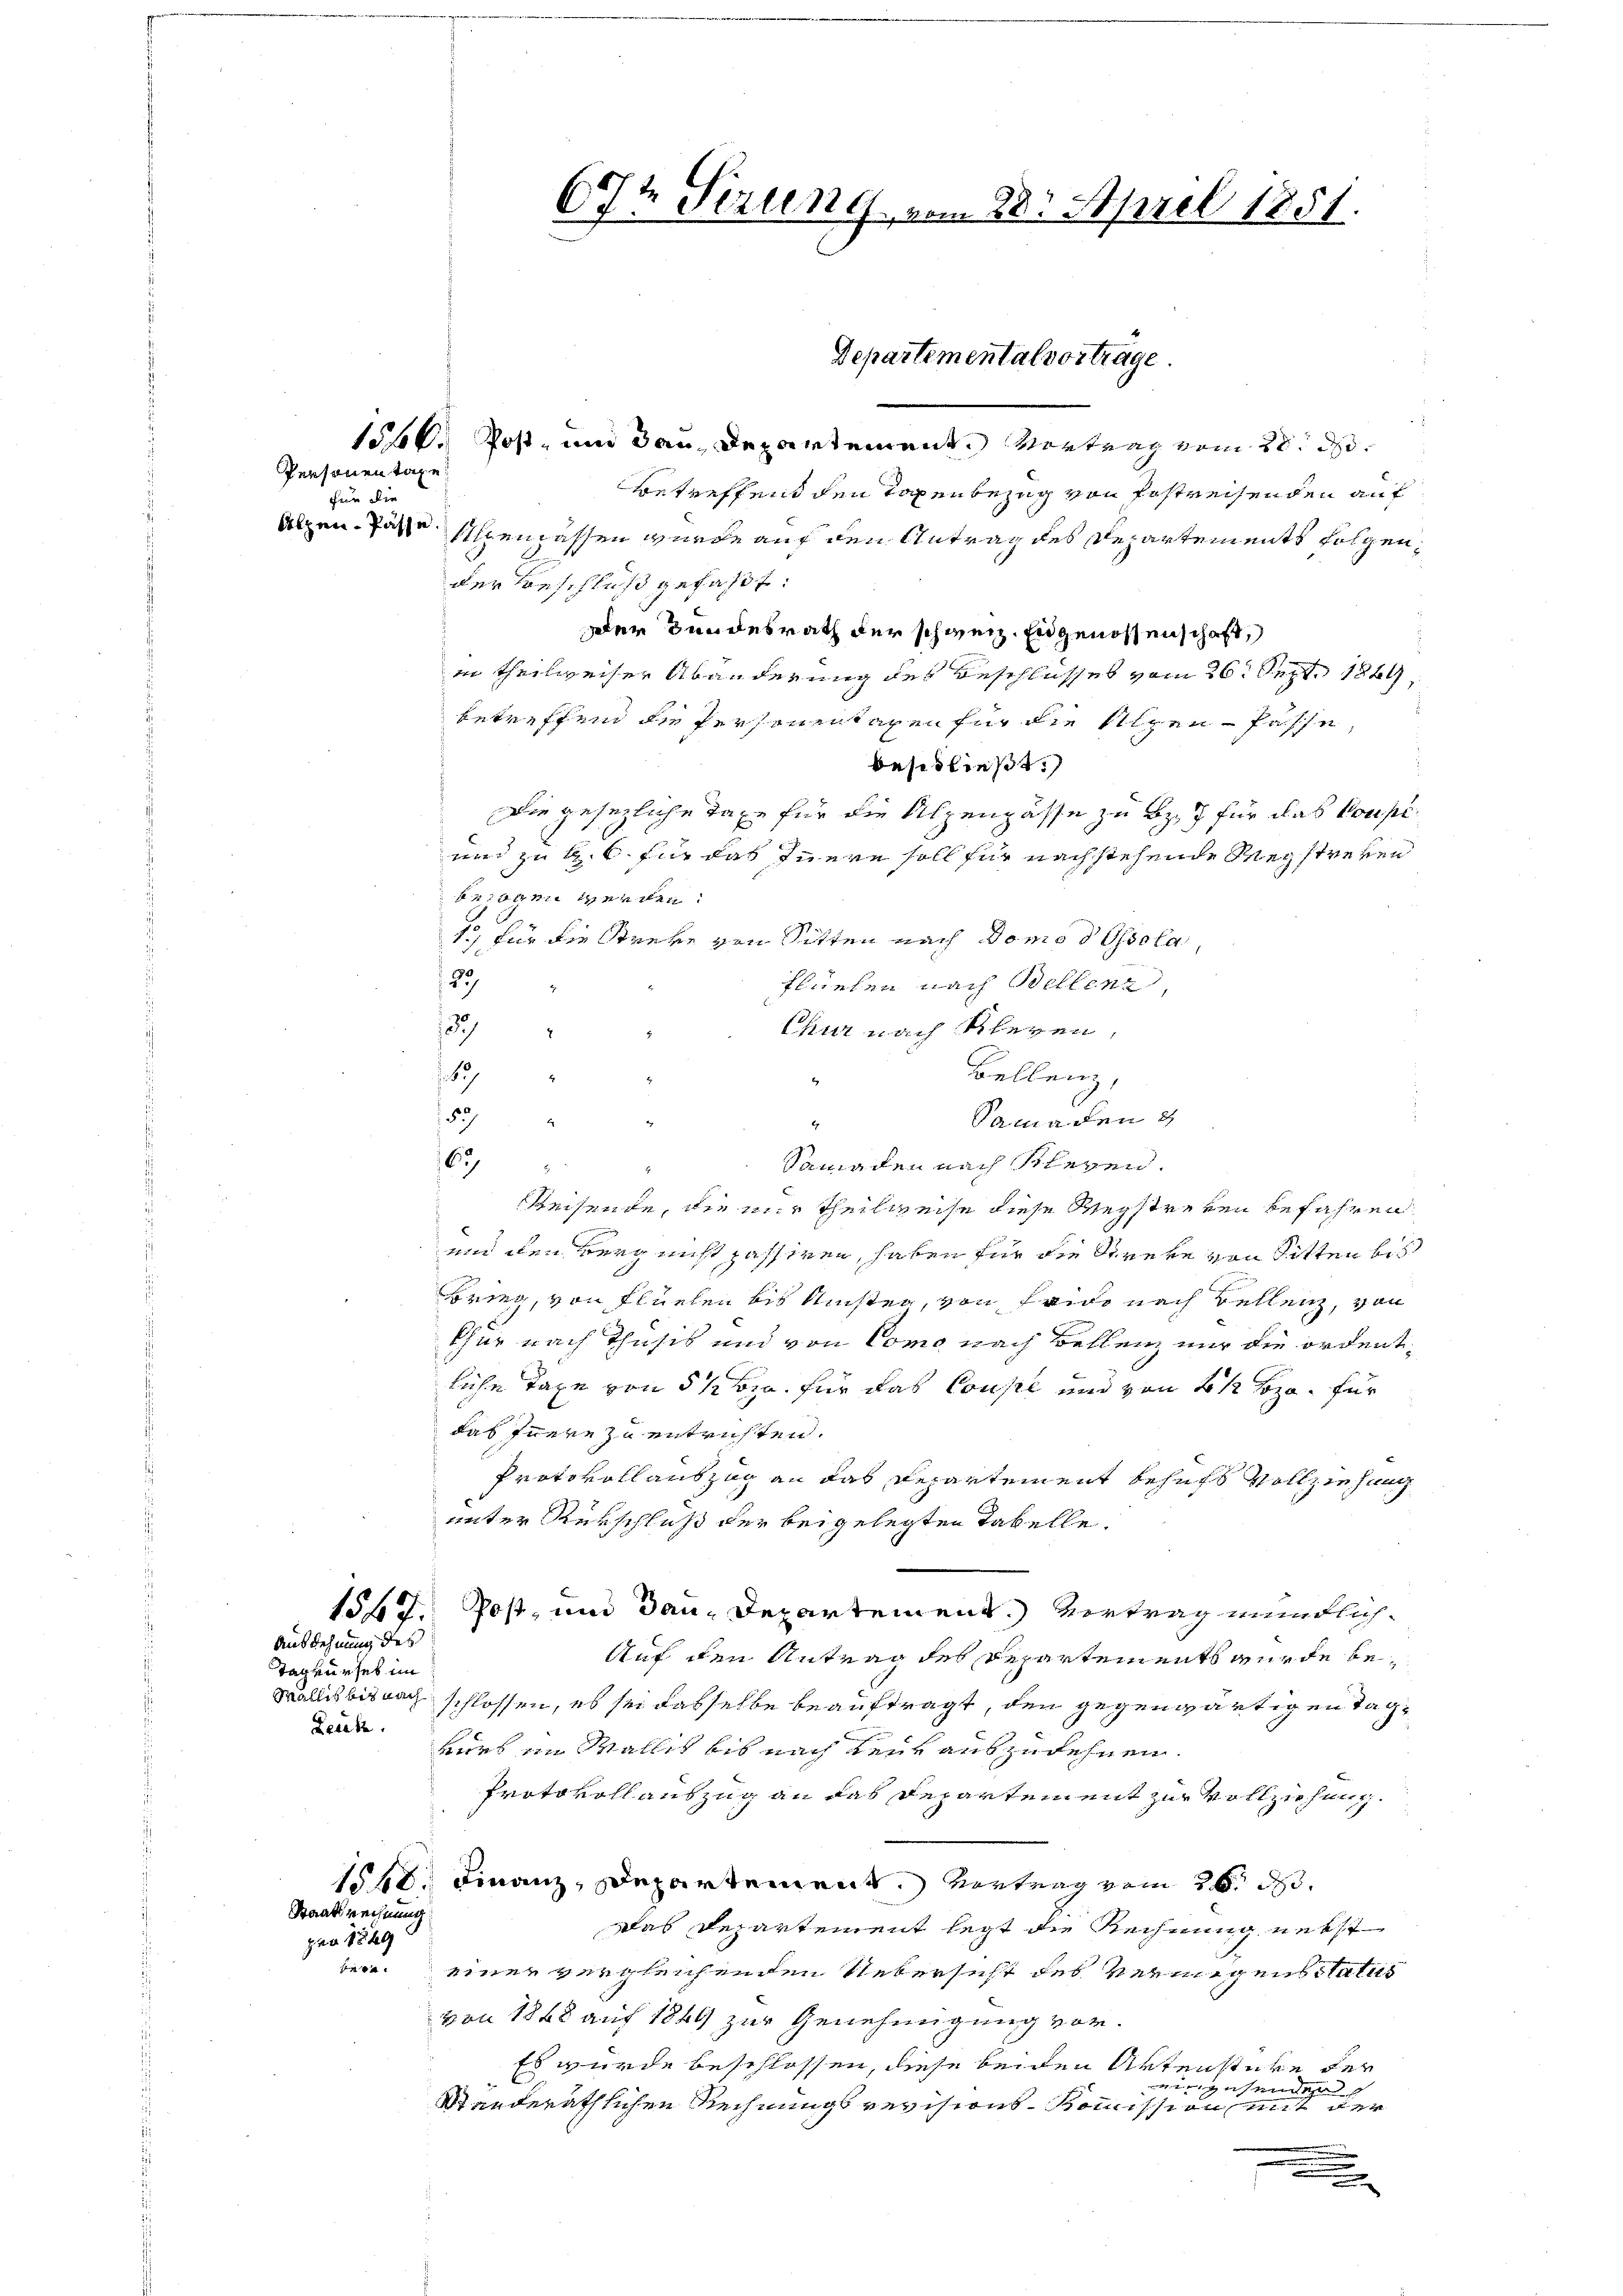
Personen tage
für die
Atzen- Pässe.

Ausdehnung des
Tagkurses im
Leute.

Staatsrechnung
per 1849
tare.

1566. Post- und dan Departement. Vortrag vom 20. d.
Betreffend den Taxenbezug von Postreisenden auf
Alpenlassen wurde auf den Antrag des Departements folgender Beschluß gefaßt:
Der Bundesrath der schweiz. Engenossenschaft,
in theilweiser Abänderung des Beschlusses vom 26. Sept. 1864,
betreffend de Personentagen für die Regen Pässe,
beschließt:
Die gesezliche Taxe für die Alpenpässe zu Bz. 7 für das Compe¬
und zu k. k. für das Innern soll für nachstehende Wegstreben
kronen werden.
1, für die Streke von Sitten nach Domo d Ossola
22
Flüelen nach Bellenz,
133
Chur nach Kleren,
7
S
.
Bellenz,
1
153
Sama den 2
.
.
Samaden nach Klegen.
67
Reisende, die nur theilweise diese Wegstreten befahren
und den Berg nicht passiren, haben für die Streke von Sitten bis
Brieg, von Flüelen bis Ansteg, von Frido nach Bellenz, von
thur nach Thusis und von Como nach Bellenz nur die ordentliche Taxe von 5 ½ sza. für das Cousel und von 2½ Bza. für
das Innern zu entrichten.
Protokollauszug an das Departement behufs Vollziehung
unter Rükschluß der beigelegten Tabelle.
1567. Post, und dan Departement.) Vertrag mündlich¬
Auf den Antrag des Departements wurde begrausbitnach schlossen, es sei dasselbe beauftragt, den gegenwärtigen Tagkurb im Wallis bis nach Leut auszudehnen.
Protokoll auszug an das Departement zur Vollziehung
1566. Finanz, Departement. Vertrag vom 26. d.
Das Departement legt die Rechnung nebst
einer vergleichenden Uebersicht des vermigensitatis
von 1848 auf 1849 zur Genehmigung vor¬
Es wurde beschlossen, diese beiden Artenstüre der
einzusenden,
Standeräthlichen Rechnungsrevisions-Kommission mit der
.
n
.

br
1t Pirung vom 28. April 1851.
.
Departemental vortrage.